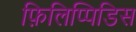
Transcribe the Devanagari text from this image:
फ़िलिप्पिडिस